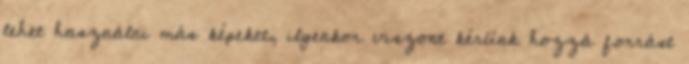
lehet használni más képeket, ilyenkor viszont kérünk hozzá forrást